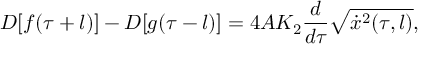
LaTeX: D [ f ( \tau + l ) ] - D [ g ( \tau - l ) ] = 4 A K _ { 2 } \frac { d } { d \tau } \sqrt { \dot { x } ^ { 2 } ( \tau , l ) } ,